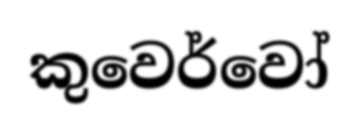
කුවෙර්වෝ